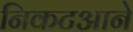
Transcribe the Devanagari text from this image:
निकटआने